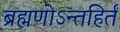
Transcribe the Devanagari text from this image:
ब्रह्मणोऽन्तहिर्तं